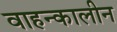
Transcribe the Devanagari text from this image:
वाहन्कालीन